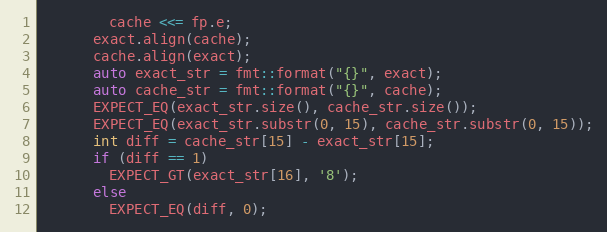
Language: C++
        cache <<= fp.e;
      exact.align(cache);
      cache.align(exact);
      auto exact_str = fmt::format("{}", exact);
      auto cache_str = fmt::format("{}", cache);
      EXPECT_EQ(exact_str.size(), cache_str.size());
      EXPECT_EQ(exact_str.substr(0, 15), cache_str.substr(0, 15));
      int diff = cache_str[15] - exact_str[15];
      if (diff == 1)
        EXPECT_GT(exact_str[16], '8');
      else
        EXPECT_EQ(diff, 0);